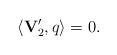
LaTeX: \begin{align*}\langle \mathbf{V}_{2}^{\prime },q\rangle =0.\end{align*}